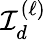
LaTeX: {\mathcal{I}}_{d}^{(\ell)}